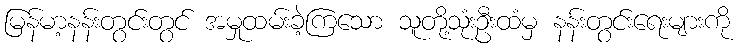
မြန်မာ့နန်းတွင်းတွင် အမှုထမ်းခဲ့ကြသော သူတို့သုံးဦးထံမှ နန်းတွင်းရေးများကို